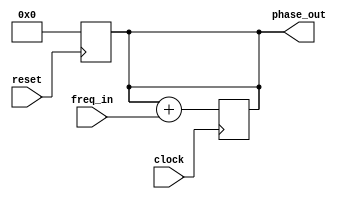
module phase_accumulator(
    input       clock,
    input       reset,
    input [3:0] freq_in,  // Frequency control word (10 bits)

    output reg [3:0] phase_out   // Phase output (10 bits )
);

always @(posedge reset) 
begin
phase_out <= 0;
end

always @(posedge clock) 
begin
    phase_out <= phase_out + freq_in;
end

endmodule